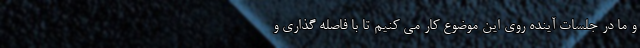
و ما در جلسات آینده روی این موضوع کار می ‌کنیم تا با فاصله گذاری و